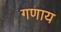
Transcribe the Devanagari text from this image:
गणाय